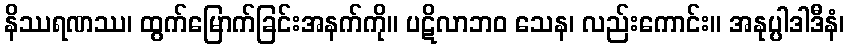
နိဿရဏဿ၊ ထွက်မြောက်ခြင်းအနက်ကို။ ပဋိလာဘဝ သေန၊ လည်းကောင်း။ အနုပ္ပါဒါဒီနံ၊